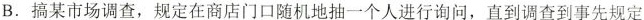
B.搞某市场调查，规定在商店门口随机地抽一个人进行询问，直到调查到事先规定